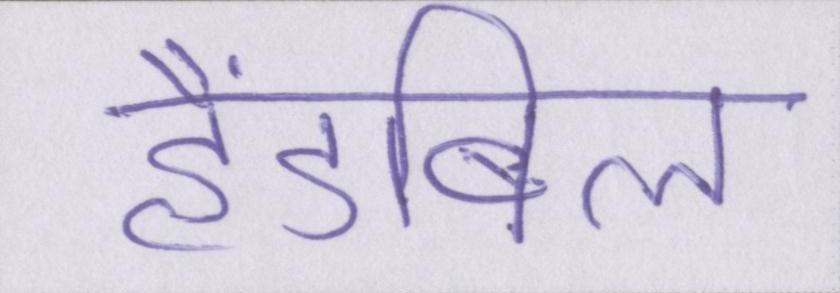
हैंडबिल